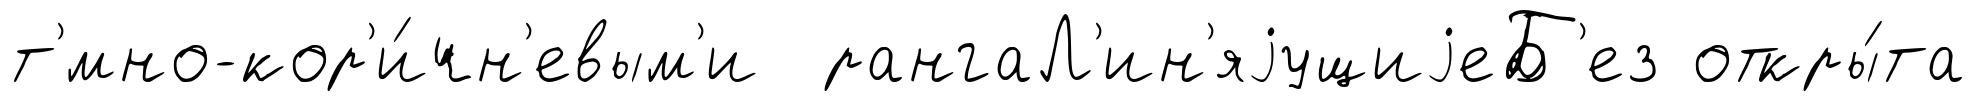
т'мно-кор'и́чн'евым'и рангаЛ'ин'яjущиjеБ'ез откры́та